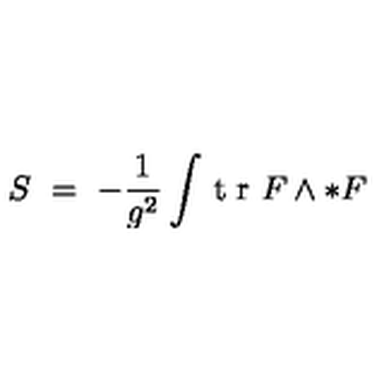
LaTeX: S \ = \ - \frac { 1 } { g ^ { 2 } } \int \! \textrm { t r } F \wedge * F